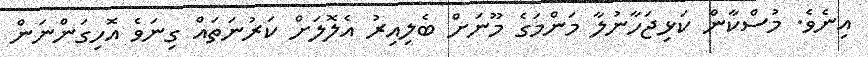
އިނެވެ. މުސްކާން ކަޅިޖަހާނުލާ މަންމަގެ މޫނަށް ބެލިއިރު އެލޮލަށް ކަރުނަތައް ގިނަވެ އޮހިގަންނަން